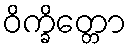
ဝိက္ခိတ္တော